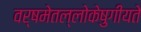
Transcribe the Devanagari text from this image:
वर्षमेतल्लोकेषुगीयते